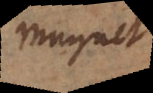
Magnet